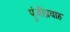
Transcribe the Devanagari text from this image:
पूंजीप्रवाह